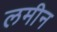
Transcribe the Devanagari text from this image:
लमीन